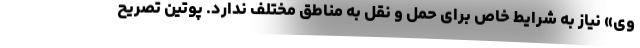
وی» نیاز به شرایط خاص برای حمل و نقل به مناطق مختلف ندارد. پوتین تصریح